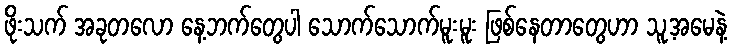
ဖိုးသက် အခုတလော နေ့ဘက်တွေပါ သောက်သောက်မူးမူး ဖြစ်နေတာတွေဟာ သူ့အမေနဲ့